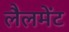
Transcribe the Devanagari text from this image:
लैलमेंट